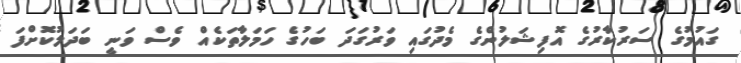
ގައުމުގެ ސަރުކާރުގެ އޮފިޝަލުންގެ މެދުގައި ވަރުގަދަ ބަހުގެ ހަމަލާތަކެއް ވެސް ވަނީ ބަދަލުކޮށްފަ